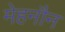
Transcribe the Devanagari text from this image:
मेहनौन